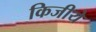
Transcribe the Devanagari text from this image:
किजीये